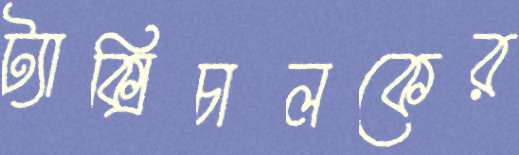
ট্যাক্সিচালকের